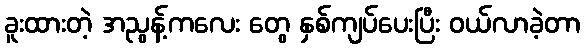
ခူးထားတဲ့ အညွန့်ကလေး တွေ နှစ်ကျပ်ပေးပြီး ဝယ်လာခဲ့တာ